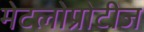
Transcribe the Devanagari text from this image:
मेटलोप्रोटीज